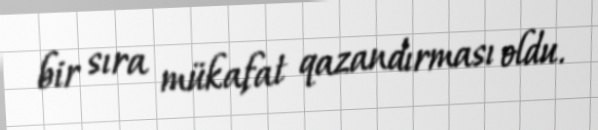
bir sıra mükafat qazandırması oldu.